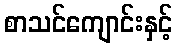
စာသင်ကျောင်းနှင့်